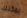
يمكنك